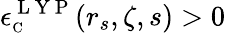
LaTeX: \epsilon_{\scriptscriptstyle\mathrm{C}}^{\mathrm{~L~Y~P~}}(r_{s},\zeta,s)>0